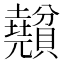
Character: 𧹅